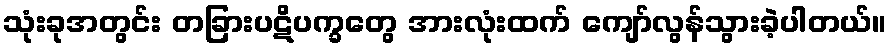
သုံးခုအတွင်း တခြားပဋိပက္ခတွေ အားလုံးထက် ကျော်လွန်သွားခဲ့ပါတယ်။